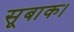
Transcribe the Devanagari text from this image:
सूबाक।